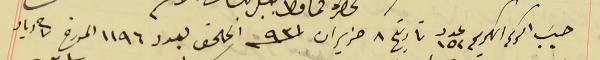
حسَب امركم الكريم عدد ١٥٢ تاريخ ٨ حزيران سنة ٩٣١ الملحق بعدد ١١٩٦ المورخ فى ٧ أيار